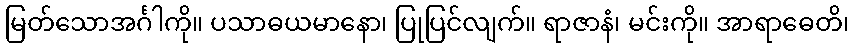
မြတ်သောအင်္ဂါကို။ ပသာဓယမာနော၊ ပြုပြင်လျက်။ ရာဇာနံ၊ မင်းကို။ အာရာဓေတိ၊